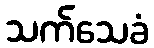
သက်သေခံ